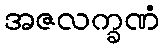
အဇလက္ခဏံ